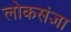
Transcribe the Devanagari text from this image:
लोकसंज्ञा